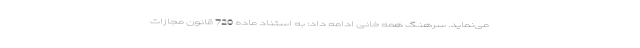
می‌نماید. سرهنگ همه خانی ادامه داد: به استناد ماده 720 قانون مجازات